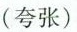
(夸张)